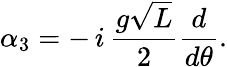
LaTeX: \alpha_{3}=-\, i\, {\frac{g\sqrt L}{2}}{\frac{d}{d\theta}}.